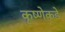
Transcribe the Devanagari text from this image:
कृष्णेकडे